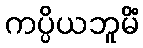
ကပ္ပိယဘူမိံ